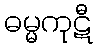
ဓမ္မကုဋီ